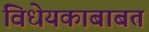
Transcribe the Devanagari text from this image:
विधेयकाबाबत